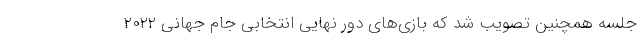
جلسه همچنین تصویب شد که بازی‌های دور نهایی انتخابی جام جهانی ۲۰۲۲